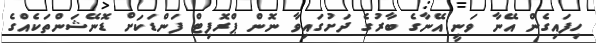
ހިފައިގެން އޭނާ ވަނީ އޭނާގެ ބާރުގެ ދަށުގައިވާ ނޮން ޕްރޮފިޓް ފަންޑަކަށް ޑޮނޭޝަންތަކެއްގެ